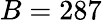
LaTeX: B=287